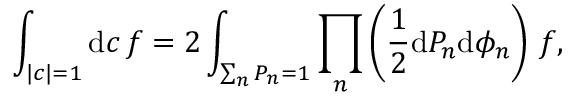
\int _ { | c | = 1 } \mathrm { d } c \, f = 2 \int _ { \sum _ { n } P _ { n } = 1 } \prod _ { n } \left( \frac { 1 } { 2 } \mathrm { d } P _ { n } \mathrm { d } \phi _ { n } \right) \, f ,